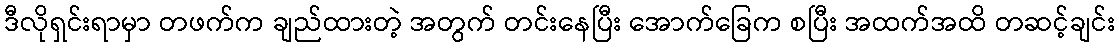
ဒီလိုရှင်းရာမှာ တဖက်က ချည်ထားတဲ့ အတွက် တင်းနေပြီး အောက်ခြေက စပြီး အထက်အထိ တဆင့်ချင်း